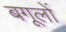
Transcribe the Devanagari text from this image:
बगूलों